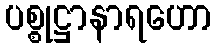
ပစ္စုဋ္ဌာနာရဟော